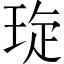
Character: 琁